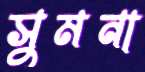
সুমনা